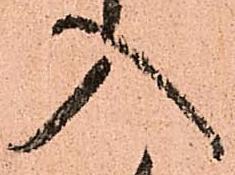
入